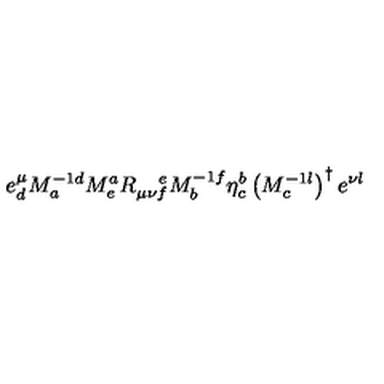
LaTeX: e _ { d } ^ { \mu } M _ { a } ^ { - 1 d } M _ { e } ^ { a } R _ { \mu \nu f } ^ { \quad e } M _ { b } ^ { - 1 f } \eta _ { c } ^ { b } \left( M _ { c } ^ { - 1 l } \right) ^ { \dagger } e ^ { \nu l }